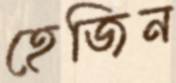
হেজিন